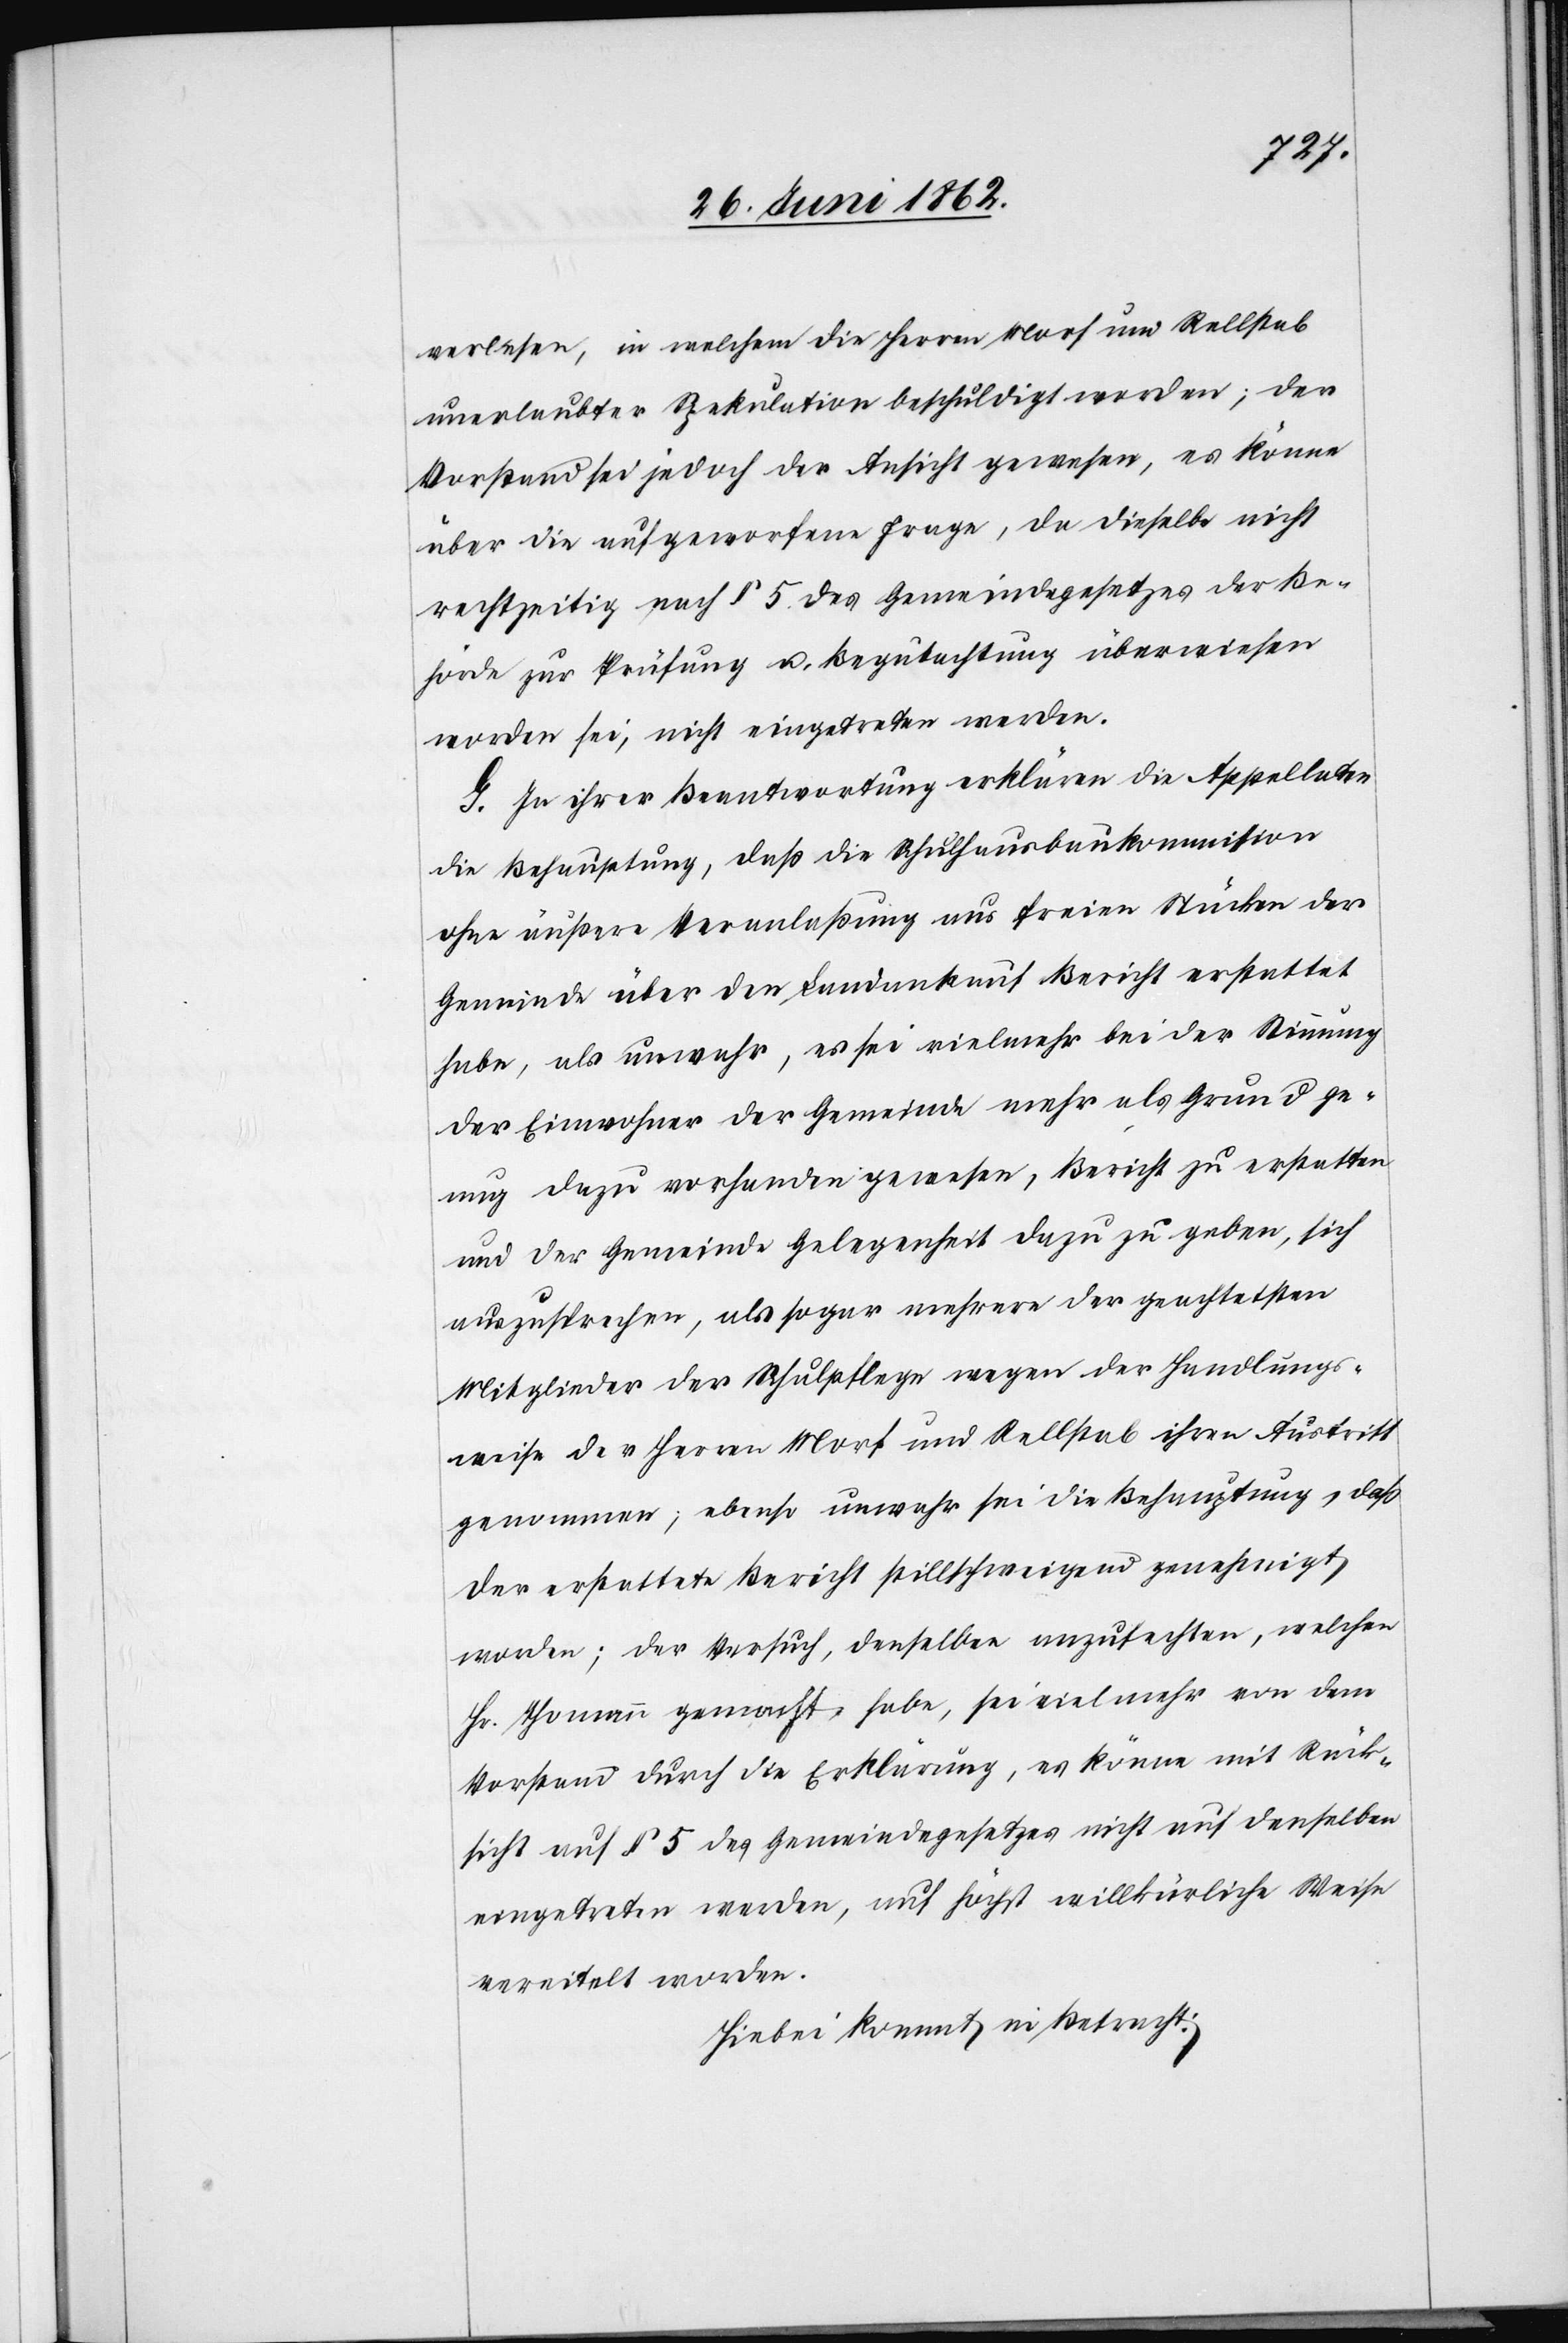
verlesen, in welchem die Herren Morf und Rellstab
unerlaubter [?R]ekulation beschuldigt worden; der
Vorstand sei jedoch der Ansicht gewesen, es könne
über die aufgeworfene Frage, da dieselbe nicht
rechtzeitig nach § 5 des Gemeindegesetzes der Be¬
hörde zur Prüfung u. Begutachtung überwiesen
worden sei, nicht eingetreten werden.
G. In ihrer Beantwortung erklären die Appellaten
die Behauptung, daß die Schulhausbaukommission
ohne äußere Veranlaßung aus freien Stücken der
Gemeinde über den Landankauf Bericht erstattet
habe, als unwahr, es sei vielmehr bei der Stimmung
der Einwohner der Gemeinde mehr als Grund ge¬
nug dazu vorhanden gewesen, Bericht zu erstatten
und der Gemeinde Gelegenheit dazu zu geben, sich
auszusprechen, als sogar mehrere der geachtetsten
Mitglieder der Schulpflege wegen der Handlungs¬
weise der Herren Morf und Rellstab ihren Austritt
genommen; ebenso unwahr sei die Behauptung, daß
der erstattete Bericht stillschweigend genehmigt
worden; der Versuch, denselben anzufechten, welchen
Hr. Thomann gemacht, habe, sei viel mehr von dem
Vorstand durch die Erklärung, es könne mit Rück¬
sicht auf § 5 des Gemeindegesetzes nicht auf denselben
eingetreten werden, auf höchst willkürliche Weise
vereitelt worden.
Hiebei kommt in Betracht: